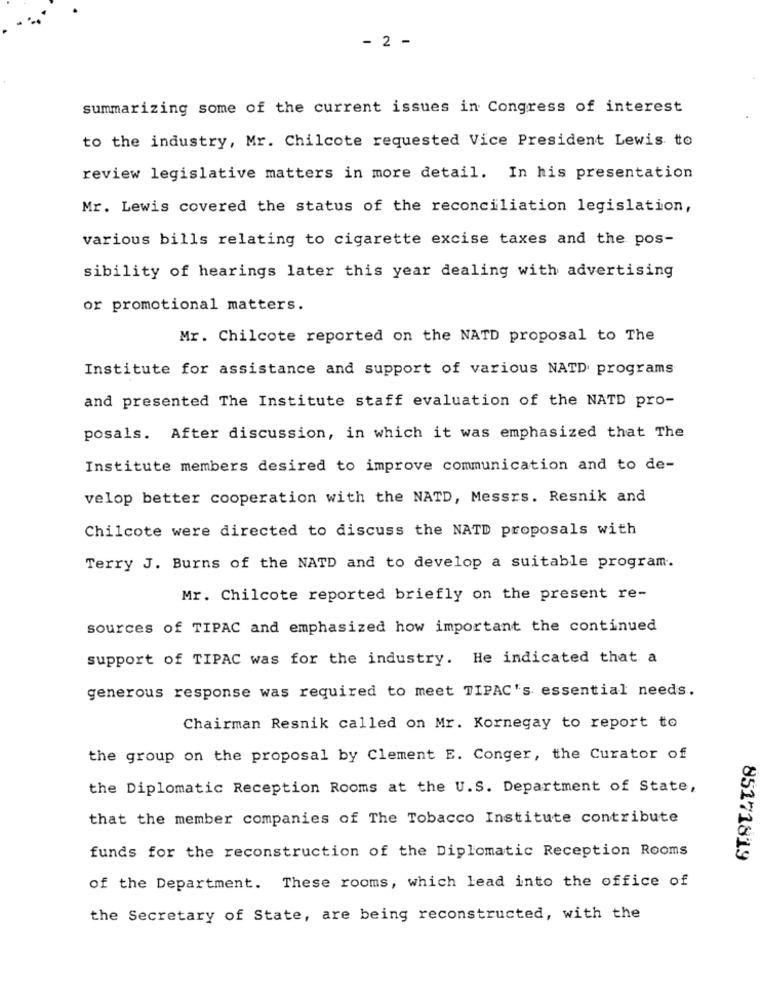
- 2 -
summarizing some of the current issues in Congress of interest
to the industry, Mr. Chilcote requested Vice President Lewis to
review legislative matters in more detail. In his presentation
Mr. Lewis covered the status of the reconciliation legislation,
various bills relating to cigarette excise taxes and the pos-
sibility of hearings later this year dealing with advertising
or promotional matters.
Mr. Chilcote reported on the NATD proposal to The
Institute for assistance and support of various NATD programs
and presented The Institute staff evaluation of the NATD pro-
posals. After discussion, in which it was emphasized that The
Institute members desired to improve communication and to de-
velop better cooperation with the NATD, Messrs. Resnik and
Chilcote were directed to discuss the NATD proposals with
Terry J. Burns of the NATD and to develop a suitable program.
Mr. Chilcote reported briefly on the present re-
sources of TIPAC and emphasized how important the continued
support of TIPAC was for the industry. He indicated that a
generous response was required to meet TIPAC's essential needs.
Chairman Resnik called on Mr. Kornegay to report to
the group on the proposal by Clement E. Conger, the Curator of
the Diplomatic Reception Rooms at the U.S. Department of State,
that the member companies of The Tobacco Institute contribute
funds for the reconstruction of the Diplomatic Reception Rooms
85171819
of the Department. These rooms, which lead into the office of
the Secretary of State, are being reconstructed, with the